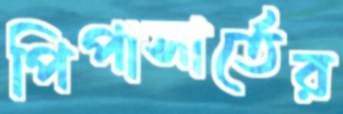
পিপাসার্তের